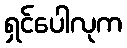
ရှင်ပေါလုက